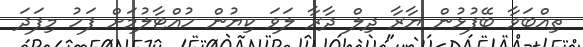
ތިއްބަވާ ބޭފުޅުން ޔާރާ ދިލް ދާރާ ލަވަ ކިޔުން ހުއްޓާލުމަށް ފަހު މިފަދަ